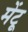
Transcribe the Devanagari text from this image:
मेंटू